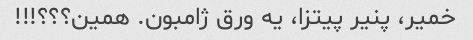
خمیر، پنیر پیتزا، یه ورق ژامبون. همین؟؟؟!!!